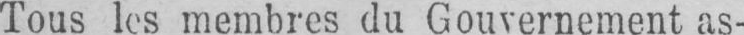
Tous les membres du Gouvernement as-